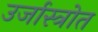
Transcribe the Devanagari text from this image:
उर्जास्त्रोत